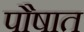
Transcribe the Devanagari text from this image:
पौषात